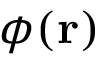
\phi ( \mathbf { r } )